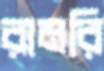
রামরি